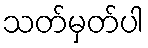
သတ်မှတ်ပါ